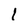
Character: l